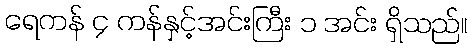
ရေကန် ၄ ကန်နှင့်အင်းကြီး ၁ အင်း ရှိသည်။